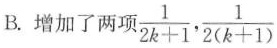
B.增加了两项$$\frac { 1 } { 2 k + 1 }$$,$$\frac { 1 } { 2 ( k + 1 ) }$$